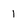
Character: 1